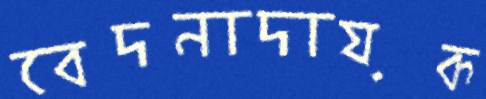
বেদনাদায়ক